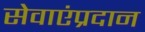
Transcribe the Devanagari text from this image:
सेवाएंप्रदान